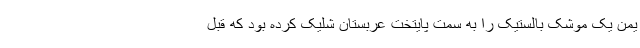
یمن یک موشک بالستیک را به سمت پایتخت عربستان شلیک کرده بود که قبل